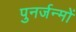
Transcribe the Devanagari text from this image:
पुनर्जन्मों